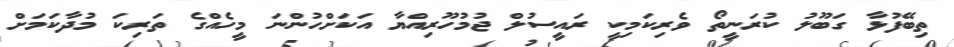
ތިބޭފުޅާ ގަބޫލު ކުރަނީތޯ ވެރިކަމިކީ ރައީސުލް ޖުމުހޫރިއްޔާ އަކަށްހުންނަ މީހެއްގެ ތަރިކަ މުދާކަމަށް